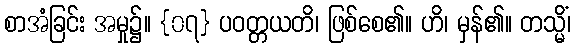
စာအံခြင်း အမှု၌။ {၀၇} ပဝတ္တယတိ၊ ဖြစ်စေ၏။ ဟိ၊ မှန်၏။ တသ္မိံ၊